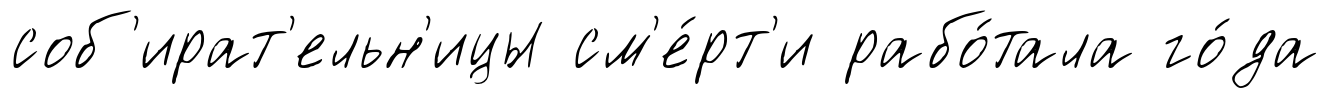
соб'ират'ельн'ицы см'е́рт'и рабо́тала го́да